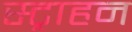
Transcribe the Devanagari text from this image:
स्ट्राहन